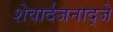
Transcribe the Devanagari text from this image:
शेवार्दजनाद्जे